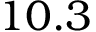
1 0 . 3